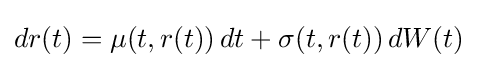
dr(t)=\mu (t,r(t))\,dt+\sigma (t,r(t))\,dW(t)